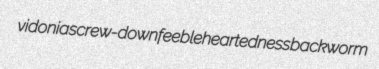
vidonia screw-down feebleheartedness backworm